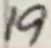
Text: 19